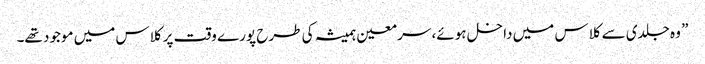
” وہ جلدی سے کلاس میں داخل ہوئے، سر معین ہمیشہ کی طرح پورے وقت پر کلاس میں موجود تھے۔